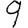
Digit: 9